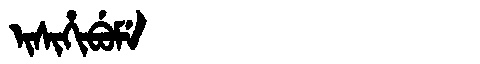
Manchu: ᡳᠰᡳᡥᡳᠪᡠᠮᡝ
Romanization: ISIHIBUME